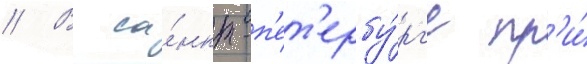
// В са́нкт-п'ет'ербу́рг'е пр'и́